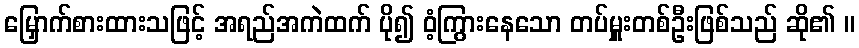
မြှောက်စားထားသဖြင့် အရည်အကဲထက် ပို၍ ဝံ့ကြွားနေသော တပ်မှူးတစ်ဦးဖြစ်သည် ဆို၏ ။